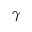
\gamma